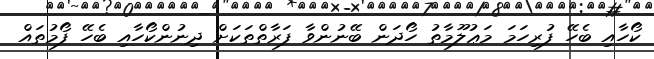
ކޯހާއި ބެހޭ ފުރިހަމަ މަޢުލޫމާތު ހޯދަން ބޭނުންވާ ފަރާތްތަކަށް ދިނުންކޯހާއި ބެހޭ ފޯމުތައް